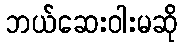
ဘယ်ဆေးဝါးမဆို